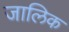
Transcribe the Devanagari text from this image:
जालिक